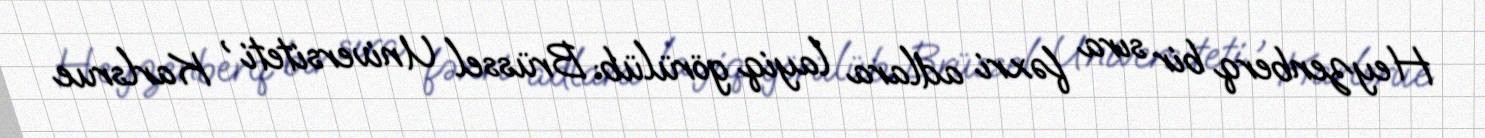
Heyzenberq bir sıra fəxri adlara layiq görülüb: Brüssel Universiteti , Karlsrue